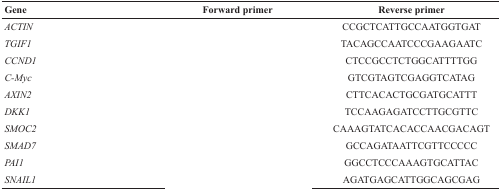
<table><thead><tr><td><b>Gene</b></td><td><b>Forward primer</b></td><td><b>Reverse primer</b></td></tr></thead><tbody><tr><td><i>ACTIN</i></td><td>[EMPTY_CELL]</td><td>CCGCTCATTGCCAATGGTGAT</td></tr><tr><td><i>TGIF1</i></td><td>[EMPTY_CELL]</td><td>TACAGCCAATCCCGAAGAATC</td></tr><tr><td><i>CCND1</i></td><td>[EMPTY_CELL]</td><td>CTCCGCCTCTGGCATTTTGG</td></tr><tr><td><i>C-Myc</i></td><td>[EMPTY_CELL]</td><td>GTCGTAGTCGAGGTCATAG</td></tr><tr><td><i>AXIN2</i></td><td>[EMPTY_CELL]</td><td>CTTCACACTGCGATGCATTT</td></tr><tr><td><i>DKK1</i></td><td>[EMPTY_CELL]</td><td>TCCAAGAGATCCTTGCGTTC</td></tr><tr><td><i>SMOC2</i></td><td>[EMPTY_CELL]</td><td>CAAAGTATCACACCAACGACAGT</td></tr><tr><td><i>SMAD7</i></td><td>[EMPTY_CELL]</td><td>GCCAGATAATTCGTTCCCCC</td></tr><tr><td><i>PAI1</i></td><td>[EMPTY_CELL]</td><td>GGCCTCCCAAAGTGCATTAC</td></tr><tr><td><i>SNAIL1</i></td><td>[EMPTY_CELL]</td><td>AGATGAGCATTGGCAGCGAG</td></tr></tbody></table>